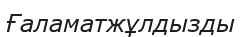
Ғаламатжұлдызды